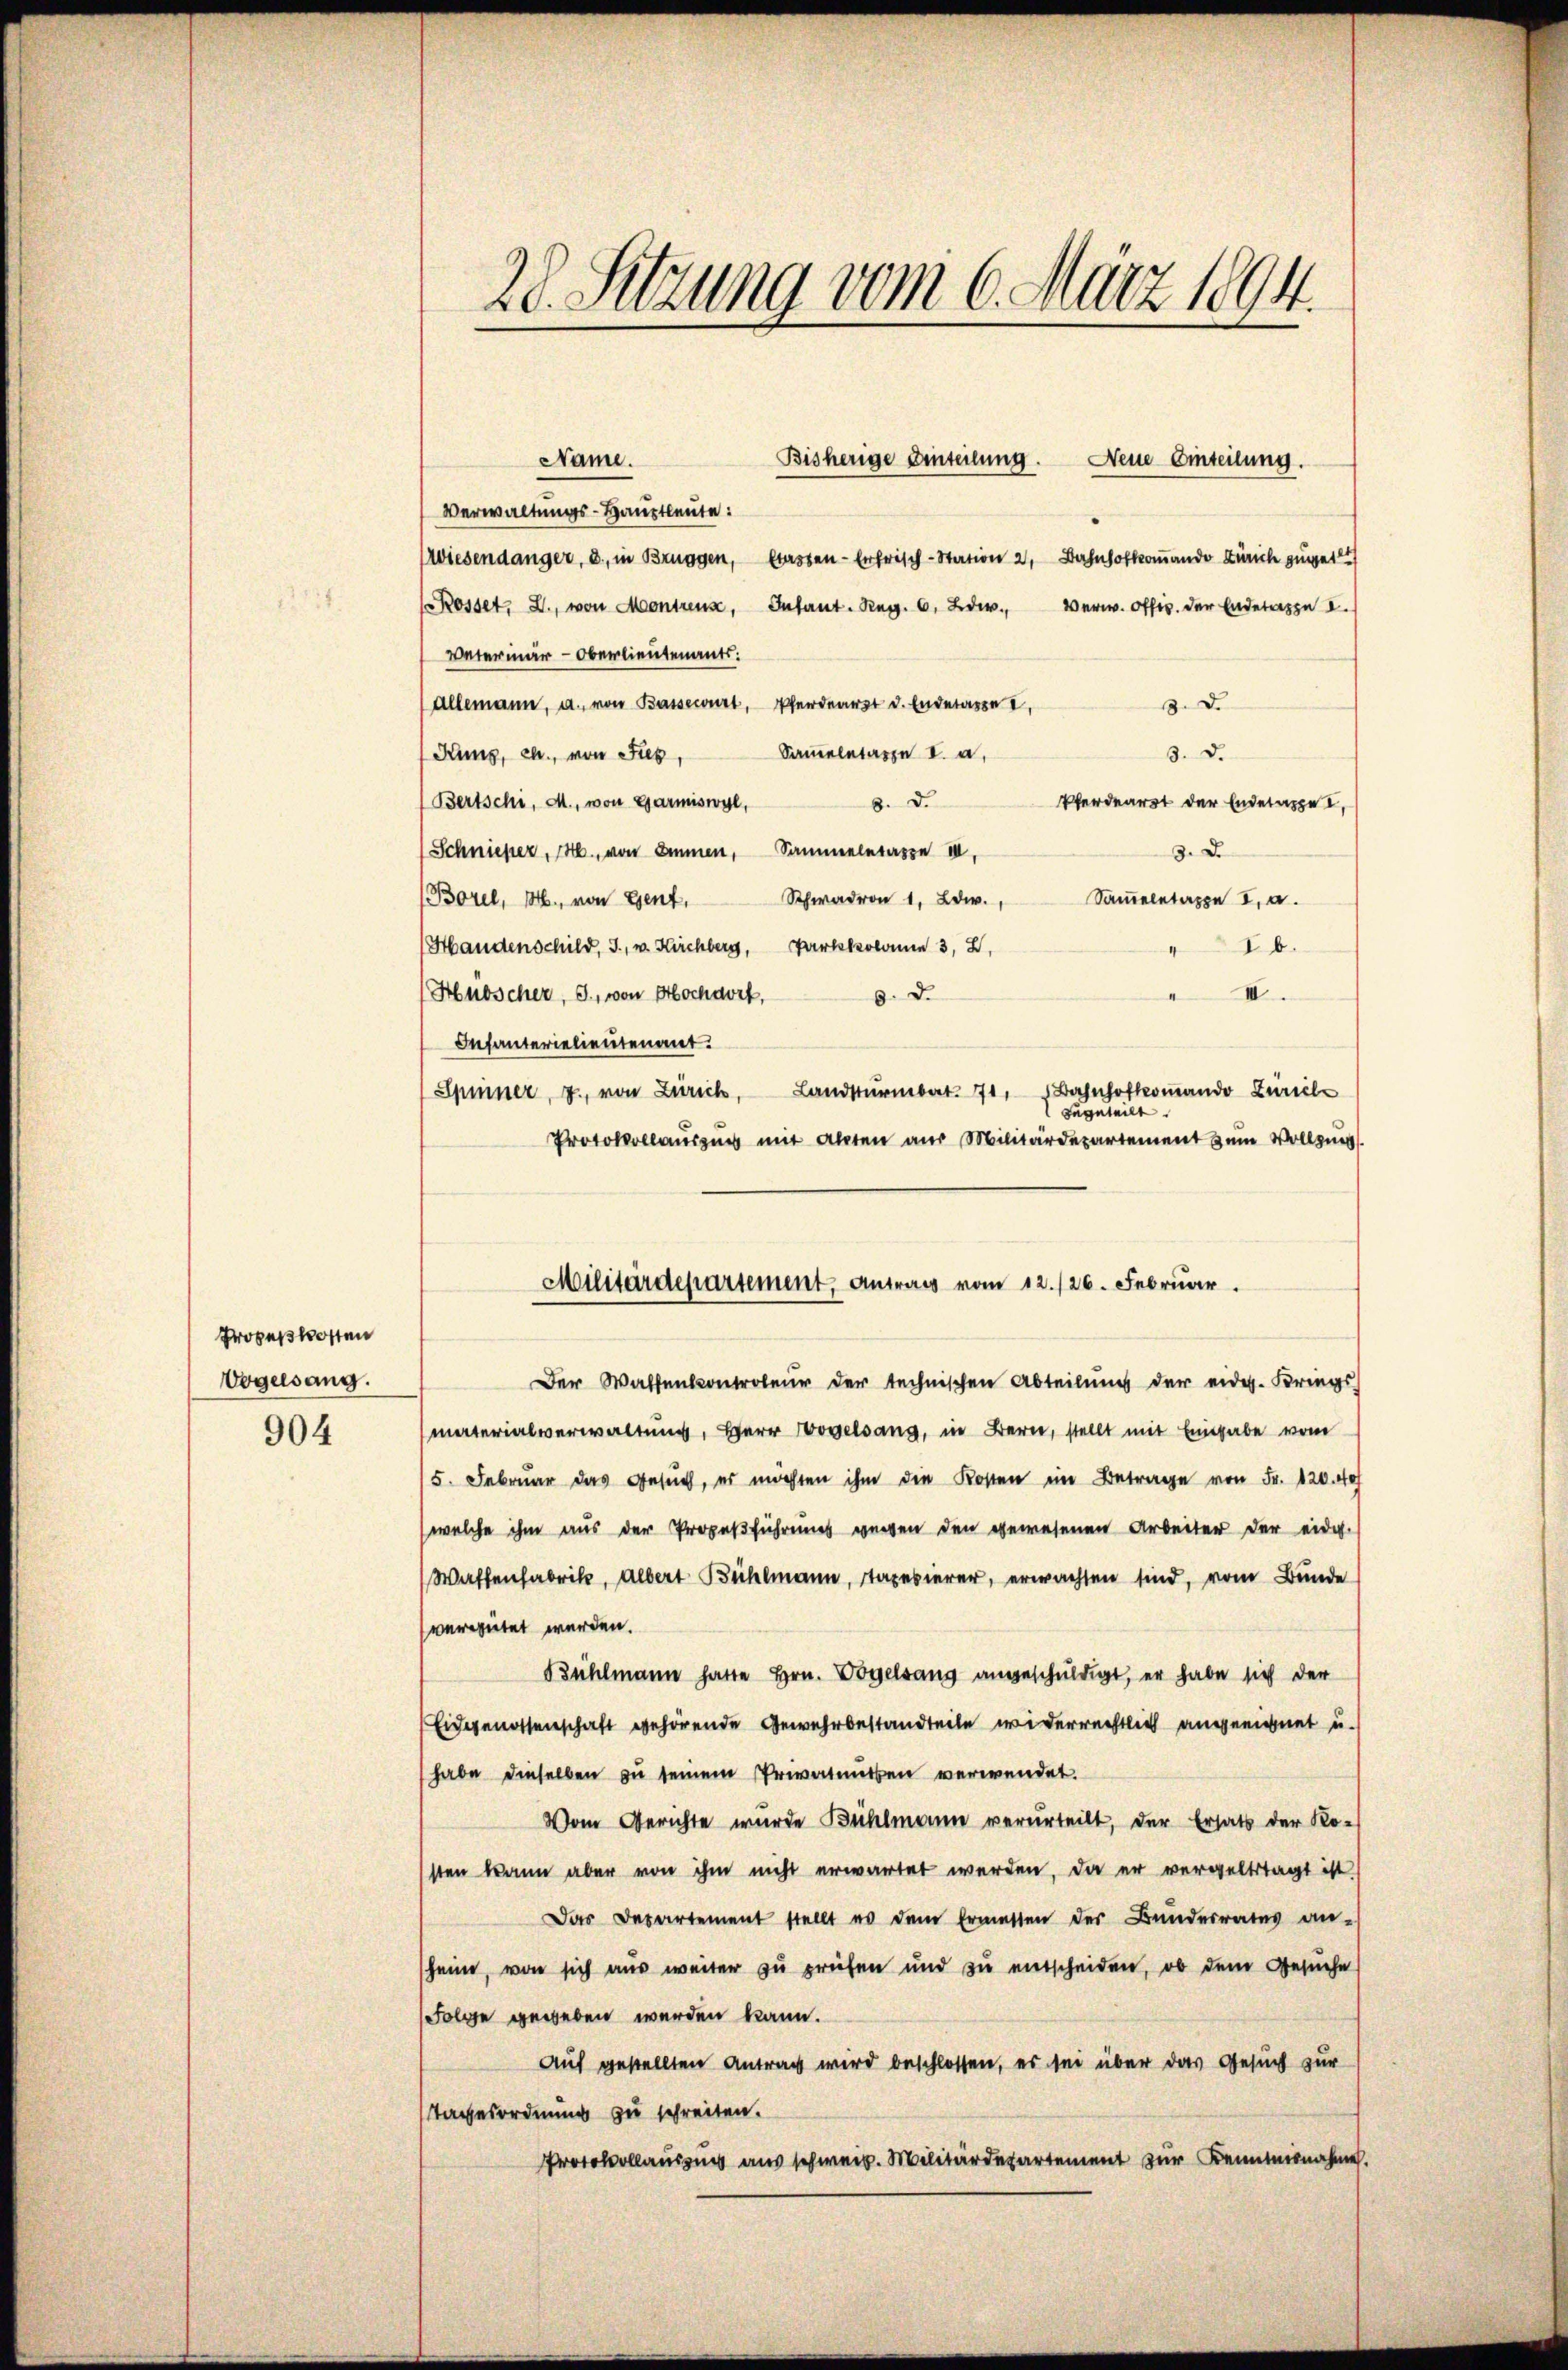
Prozeßkosten
Vogelsang.
904

28. Sitzung vom 6. März 1894.

Name.
Neue Einteilung.
Verwaltungs-Hauptleute:
Wiesendanger, d. in Bruggen, blassen - Erfrisch-Station 2, Bahnhofkomande Zürich ginge 14
s Rosset. I., von Montreuse, Infant. Reg. 6. Bd. Verw. Offiz. Der Endelappe I.
Vatermar - Oberlieutenants.
Allemann, a. von Bassert, Pferst d. Endelasse
8. d.
Kung, ch., von Fies, Saṁeltare I. a.
3. d.
Bertschi, M., von Garmiswyl,
8. d.
Verdarst der Endelappel,
Schnießer, H., von Ammen, Sammeletasse III,
3. D
(Borel, M. von Genf, Schwadron 1, Edw.,
Sammeletaxe I. a.
Handenschild, J., v. Kirchberg, Kartolome 3, 2.
I. b.
Hübscher, J., von Hochdorf,
III.
8. d.
Infanterielieutenant.
Spinner, 7. von Zürich, Landstŭrmbat. 71. Bahnhofkoṁando Züricle
 zugeteilt.
Protokollauszug mit alten aus Militärdepartement zum Vollzung
Der Waffenkontroleur der technischen Abteilung der eidg. Kriegs
materialverwaltung, Herr Wogelsang, in Bern, stellt mit Eingabe vom
5. Februar das Gesŭch, er möchten ihm die Kosten im Betrage von Fr. 120. 40
welche ihm aus der Prozeßführens wegen den gewesenen Arbeiter der eidg.
Waffenfabrik. Albert Bühlmann, Taxesierer, erwachten sind, vom Bunde
vergütet werden.
Bühlmann hatte Hrn. Vogelsang angeschuldigt, er habe sich der
Eidgenossenschaft gehörende Gewehrbestandteile widerrechtlich angeeignet u.
habe dieselben zu seinem Privatmitten verwendet.
Vom Gerichte wurde Bühlmann verurteilt, der Ersats der Ko-
sten kann aber von ihm nicht erwartet werden, da er vergeltstagt ist
Das Departement stellt es dem Ermatten der Bŭndesrates an-
heim, von sich aus weiter zu prüfen und zu entscheiden, ob dem Gesuche
Folge gegeben werden kann.
Auf gestellten Antrag wird beschlossen, es sei über das Gesuch zur
Tagesordnung zu schreiten.
Protokollausen aus schweiz. Militärdepartement zur Kenntnisnahme.

Bisherige Einteilung

Militärdepartement, Antrags vom 12./26. Februar.